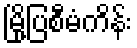
မြို့ပြစီမံကိန်း